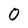
Character: 0